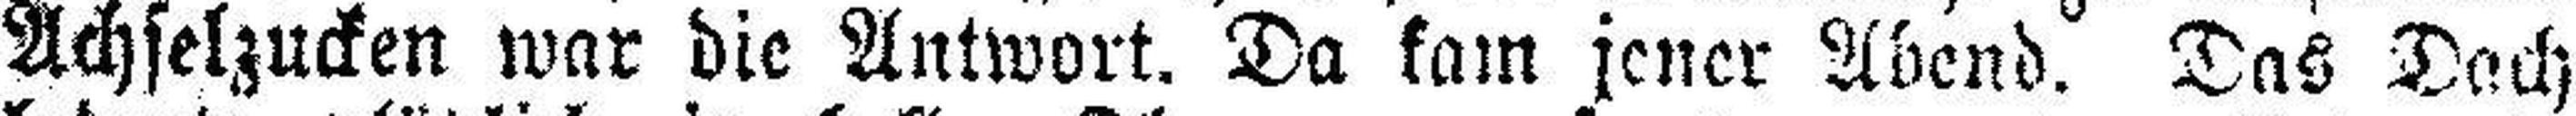
Achselzucken war die Antwort. Da kam jener Abend. Das Dach